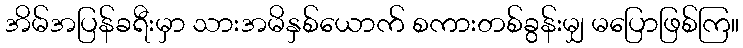
အိမ်အပြန်ခရီးမှာ သားအမိနှစ်ယောက် စကားတစ်ခွန်းမျှ မပြောဖြစ်ကြ။